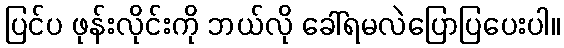
ပြင်ပ ဖုန်းလိုင်းကို ဘယ်လို ခေါ်ရမလဲပြောပြပေးပါ။